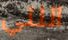
اللتي